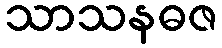
သာသနဓဇ